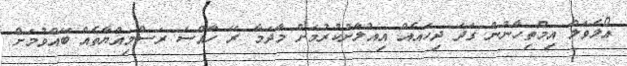
އޯލެވަލް އިމްތިހާނުން ގަދަ ދިހައެއް އިއުލާނުކުރުމަށް މާދަމާ ރޭ ހާއްސަ ރަސްމިއްޔާތެއް ބޭއްވުމަށް